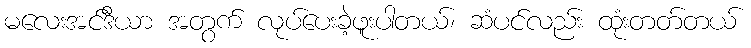
မလေးအင်ဒီယာ အတွက် လုပ်ပေးခဲ့ဖူးပါတယ်၊ ဆံပင်လည်း ထုံးတတ်တယ်